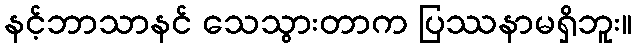
နင့်ဘာသာနင် သေသွားတာက ပြဿနာမရှိဘူး။